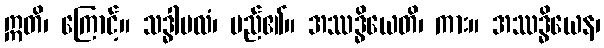
ဣတိ၊ ကြောင့်။ သဒ္ဓါဗလံ၊ မည်၏။ အဿဒ္ဓိယေတိ၊ ကား။ အဿဒ္ဓိယေန၊